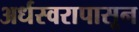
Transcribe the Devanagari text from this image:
अर्धस्वरापासून